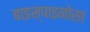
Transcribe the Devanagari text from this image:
बाइस्पाइनोसा